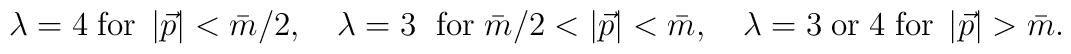
\hspace{-0.95in}\lambda =4\; \mbox{for}\; \left| \vec{p}\right| <\bar{m}/2 , \quad \lambda =3\ \; \mbox{for} \; \bar{m}/2<\left| \vec{p}\right|<\bar{m} , \quad  \lambda =3 \; \mbox{or} \; 4 \; \mbox{for} \; \left| \vec{p}\right|>\bar{m}.